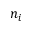
n _ { i }